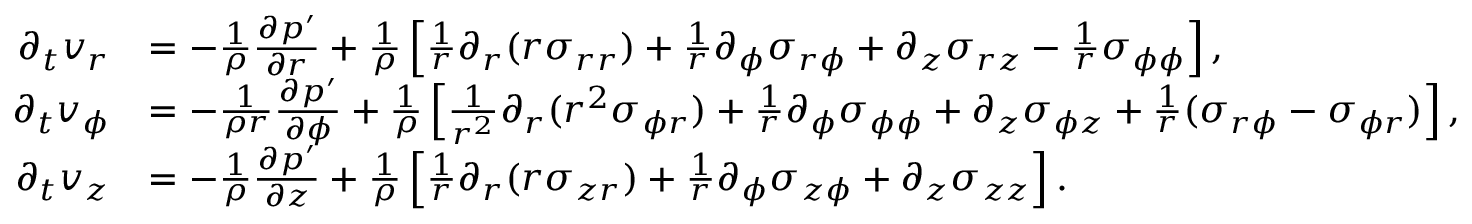
\begin{array} { r l } { \partial _ { t } v _ { r } } & { = - \frac { 1 } { \rho } \frac { \partial p ^ { \prime } } { \partial r } + \frac { 1 } { \rho } \left[ \frac { 1 } { r } \partial _ { r } ( r \sigma _ { r r } ) + \frac { 1 } { r } \partial _ { \phi } \sigma _ { r \phi } + \partial _ { z } \sigma _ { r z } - \frac { 1 } { r } \sigma _ { \phi \phi } \right] , } \\ { \partial _ { t } v _ { \phi } } & { = - \frac { 1 } { \rho r } \frac { \partial p ^ { \prime } } { \partial \phi } + \frac { 1 } { \rho } \left[ \frac { 1 } { r ^ { 2 } } \partial _ { r } ( r ^ { 2 } \sigma _ { \phi r } ) + \frac { 1 } { r } \partial _ { \phi } \sigma _ { \phi \phi } + \partial _ { z } \sigma _ { \phi z } + \frac { 1 } { r } ( \sigma _ { r \phi } - \sigma _ { \phi r } ) \right] , } \\ { \partial _ { t } v _ { z } } & { = - \frac { 1 } { \rho } \frac { \partial p ^ { \prime } } { \partial z } + \frac { 1 } { \rho } \left[ \frac { 1 } { r } \partial _ { r } ( r \sigma _ { z r } ) + \frac { 1 } { r } \partial _ { \phi } \sigma _ { z \phi } + \partial _ { z } \sigma _ { z z } \right] . } \end{array}